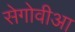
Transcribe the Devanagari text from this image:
सेगोवीआ